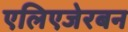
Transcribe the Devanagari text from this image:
एलिएजेरबन